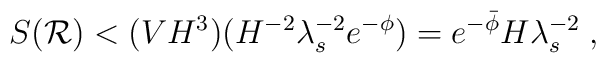
S({\cal R}) <  (VH^3) (H^{-2} \lambda_s^{-2} e^{-\phi}) =  e^{-\bar{\phi}} H \lambda_s^{-2}  \;,